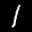
Label: 1